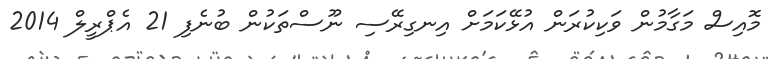
މޮއިސް މަގާމުން ވަކިކުރަން އުޅޭކަމަށް އިނގިރޭސި ނޫސްތަކުން ބުނެފި 21 އެޕްރީލް 2014